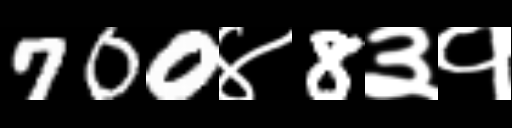
Text: 700४8३१